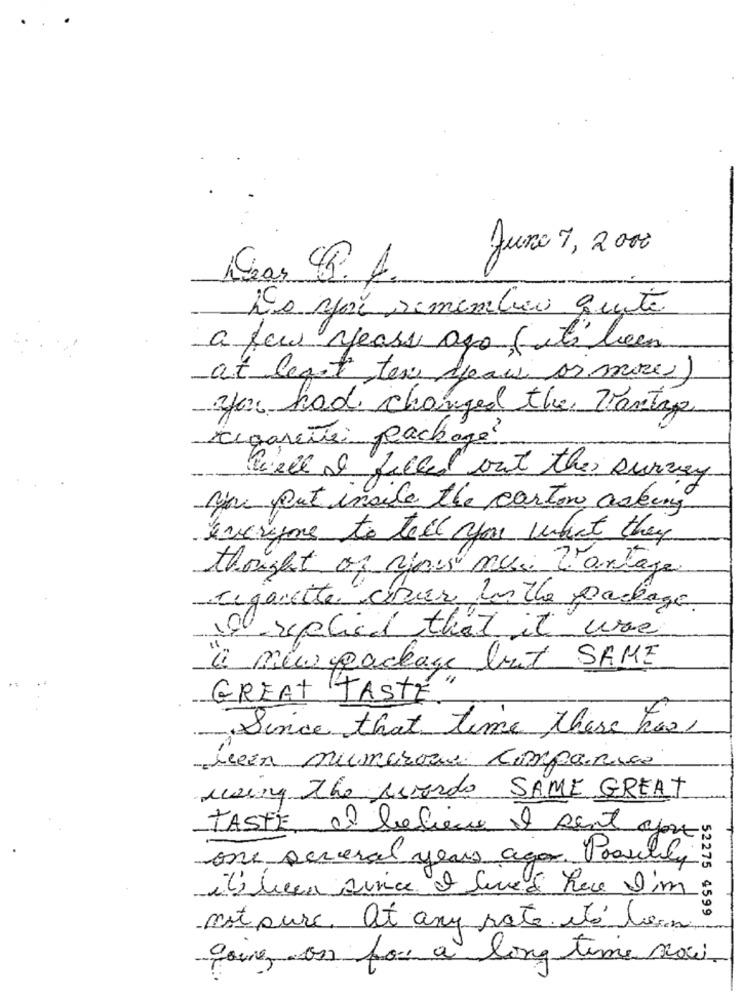
Juno 7, 2 000
Dear R. A.
Do you remember quite
a few years ago ( it's been
at least tex deaw or mores)
yfor had changed the Vantag
cigarette: package?
Well I filled out the survey
you put inside the carton asking
everyme to tell you what they
thought of your mes l'antage
regacette conier los the package
I replied that it was
a new package but SAME
GREAT TASTE"
Since that time there has,
recen numerous comparse
mary the favordo SAME GREAT
TASTE I believe el sent ajouts
one several years ago. Possibly
iClicca since I lived Rue I'm
52275 4599
met pure. at any rate. été lien
Come on for a long time no.